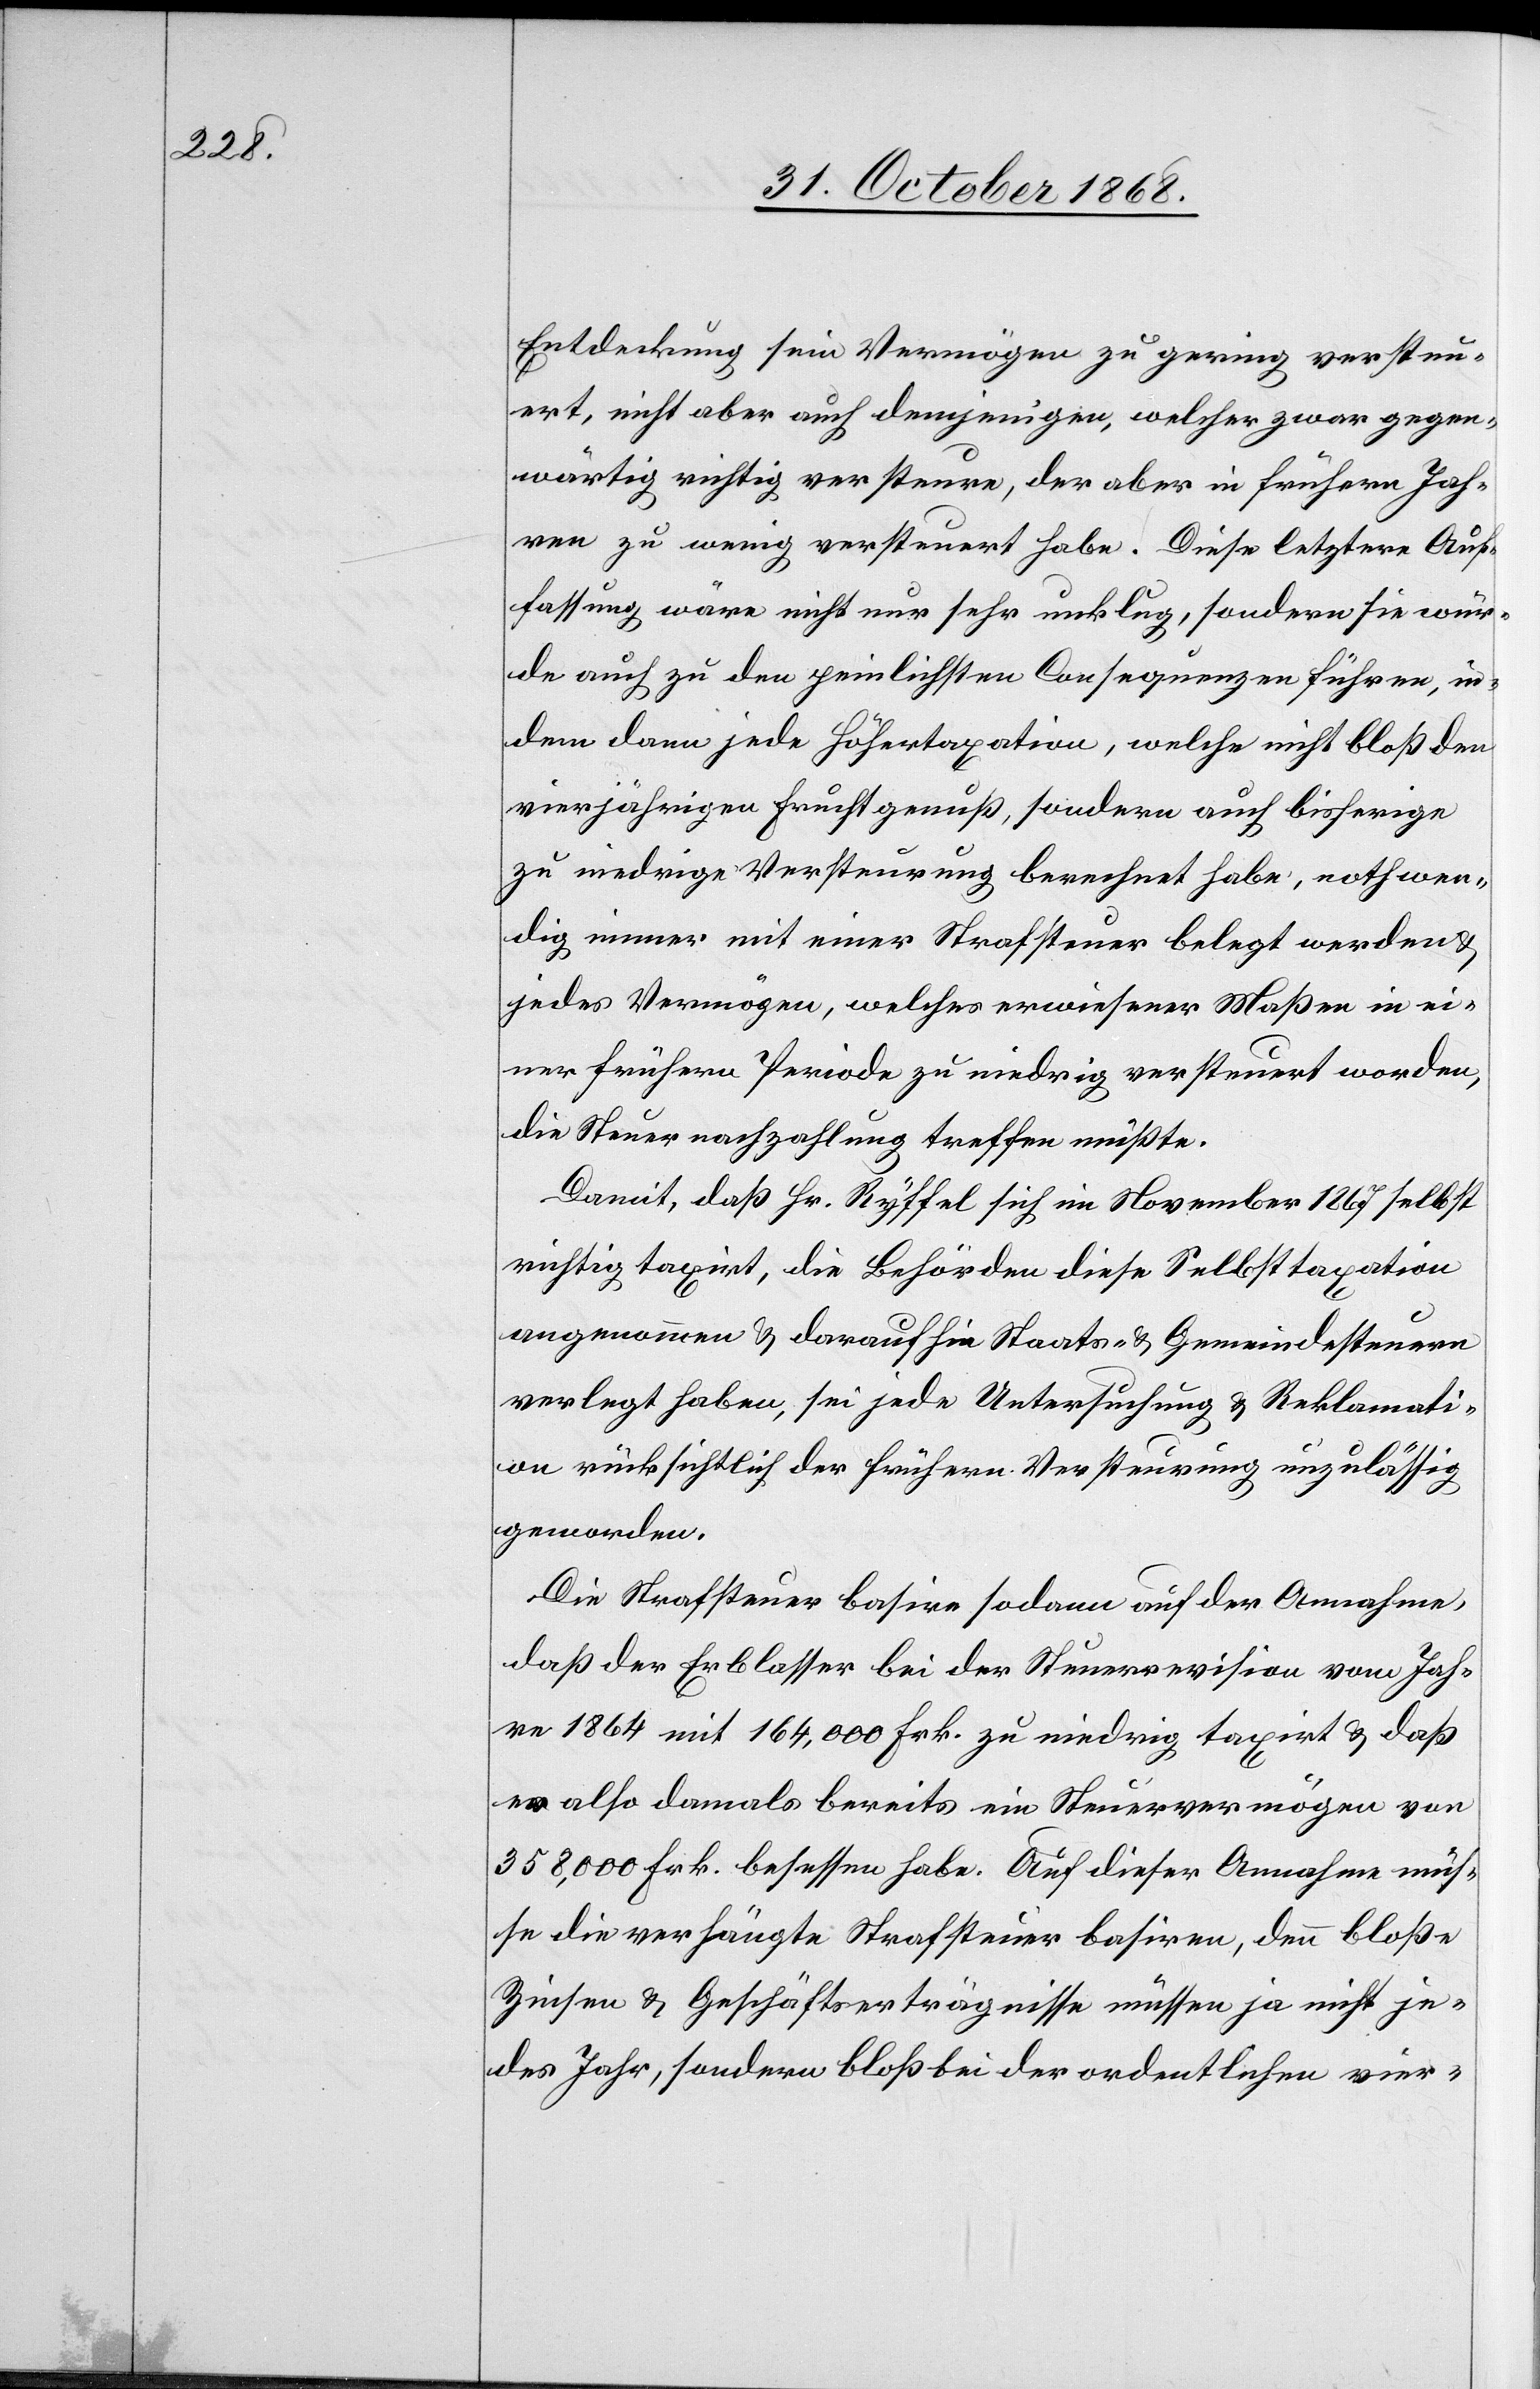
Entdeckung sein Vermögen zu gering versteu¬
ert, nicht aber auch demjenigen, welcher zwar gegen¬
wärtig richtig versteure, der aber in frühern Jah¬
ren zu wenig versteuert habe. Diese letztere Auf¬
fassung wäre nicht nur sehr unklug, sondern sie wür¬
de auch zu den peinlichsten Consequenzen führen, in¬
dem dann jede Höhertaxation, welche nicht bloß den
vierjährigen Fruchtgenuß, sondern auch bisherige
zu niedrige Versteurung berechnet habe, nothwen¬
dig immer mit einer Strafsteuer belegt werden &
jedes Vermögen, welches erwiesener Maßen in ei¬
ner frühern Periode zu niedrig versteuert worden,
die Steuernachzahlung treffen müßte.
Damit, daß Hr. Ryffel sich im November 1867 selbst
richtig taxirt, die Behörden diese Selbsttaxation
angenommen & daraufhin Staats- & Gemeindesteuern
verlegt haben, sei jede Untersuchung & Reklamati¬
on rücksichtlich der frühern Versteurung unzulässig
geworden.
Die Strafsteuer basire sodann auf der Annahme,
daß der Erblasser bei der Steuerrevision vom Jah¬
re 1864 mit 164,000 Frk. zu niedrig taxirt & daß
er also damals bereits ein Steuervermögen von
358,000 Frk. besessen habe. Auf dieser Annahme müs¬
se die verhängte Strafsteuer basiren, denn bloße
Zinsen & Geschäftserträgnisse müssen ja nicht je¬
des Jahr, sondern bloß bei der ordentlichen vier-